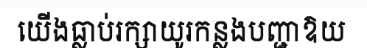
យើងធ្លាប់រក្សាយូរកន្លងបញ្ជាឱយ